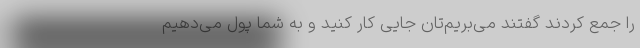
را جمع کردند گفتند می‌بریم‌تان جایی کار کنید و به شما پول می‌دهیم